Indian Medical Review
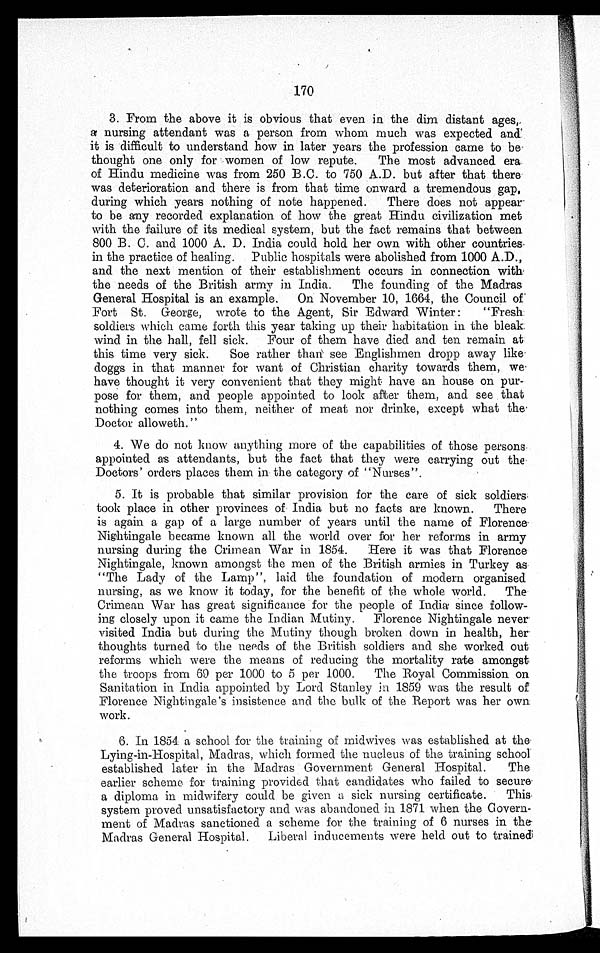
170
3. From the above it is obvious that even in the dim distant ages
a nursing attendant was a person from whom much was expected and
it is difficult to understand how in later years the profession came to be
thought one only for women of low repute. The most advanced era.
of Hindu medicine was from 250 B.C. to 750 A.D. but after that there
was deterioration and there is from that time onward a tremendous gap,
during which years nothing of note happened. There does not appear
to be any recorded explanation of how the great Hindu civilization met
with the failure of its medical system, but the fact remains that between
800 B. C. and 1000 A. D. India could hold her own with other countries-
in the practice of healing. Public hospitals were abolished from 1000 A.D.,
and the next mention of their establishment occurs in connection with
the needs of the British army in India. The founding of the Madras
General Hospital is an example. On November 10, 1664, the Council of
Fort St. George, wrote to the Agent, Sir Edward Winter: "Fresh
soldiers which came forth this year taking up their habitation in the bleak.
wind in the hall, fell sick. Four of them have died and ten remain at
this time very sick. Soe rather than see Englishmen dropp away like.
doggs in that manner for want of Christian charity towards them, we
have thought it very convenient that they might have an house on pur
pose for them, and people appointed to look after them, and see that
nothing comes into them, neither of meat nor drinke, except what the.
Doctor alloweth."
4.
We do not know anything more of the capabilities of those persons.
appointed as attendants, but the fact that they were carrying out the
Doctors' orders places them in the category of "Nurses".
5.
It is probable that similar provision for the care of sick soldiers
took place in other provinces of India but no facts are known. There
is again a gap of a large number of years until the name of Florence.
Nightingale became known all the world over for her reforms in army
nursing during the Crimean War in 1854. Here it was that Florence
Nightingale, known amongst the men of the British armies in. Turkey as
"The Lady of the Lamp", laid the foundation of modern organised
nursing, as we know it today, for the benefit of the whole world. The
Crimean War has great significance for the people of India since follow
ing closely upon it came the Indian Mutiny. Florence Nightingale never
visited India but during the Mutiny though broken down in health, her
thoughts turned to the needs of the British soldiers and she worked out
reforms which were the means of reducing the mortality rate amongst
the troops from 69 per 1000 to 5 per 1000. The Royal Commission on
Sanitation in India appointed by Lord Stanley in 1859 was the result of -
:Florence Nightingale's insistence and the bulk of the Report was her own
work.
6.
In 1854 a school for the training of midwives was established at the
Lying-in-Hospital, Madras, which formed the nucleus of the training school
established later in the Madras Government General Hospital. The
earlier scheme for training provided that candidates who failed to secure
a diploma in midwifery could be given a sick nursing certificate. This
system proved unsatisfactory and was abandoned in 1871 when the Govern
ment of Madras sanctioned a scheme for the training of 6 nurses in the
Madras General Hospital. Liberal inducements were held out to trained